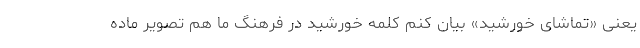
یعنی «تماشای خورشید» بیان کنم کلمه خورشید در فرهنگ ما هم تصویر ماده